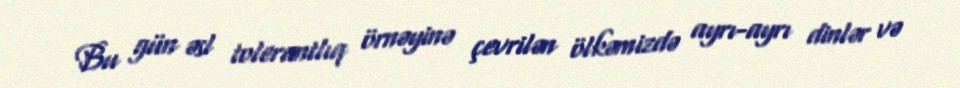
Bu gün əsl tolerantlıq örnəyinə çevrilən ölkəmizdə ayrı-ayrı dinlər və